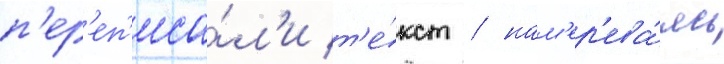
п'ер'еп'иса́л'и т'е́кст / нам'ер'ева́ясь